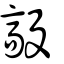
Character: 毃